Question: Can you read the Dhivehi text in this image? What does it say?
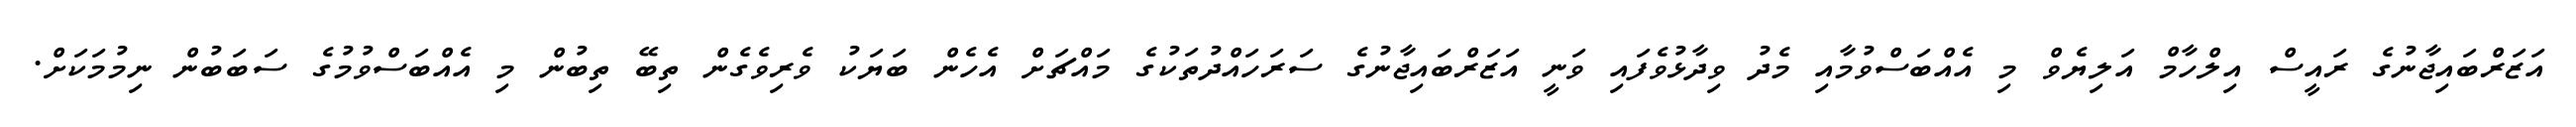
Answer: އަޒަރްބައިޖާނުގެ ރައީސް އިލްހާމް އަލިޔެވް މި އެއްބަސްވުމާއި މެދު ވިދާޅުވެފައި ވަނީ އަޒަރްބައިޖާނުގެ ސަރަހައްދުތަކުގެ މައްޗަށް އެހެން ބަޔަކު ވެރިވެގެން ތިބޭ ތިބުން މި އެއްބަސްވުމުގެ ސަބަބުން ނިމުމަކަށް.